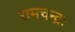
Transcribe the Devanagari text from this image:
रामचन्द्रः